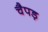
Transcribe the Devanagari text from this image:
चैपड़